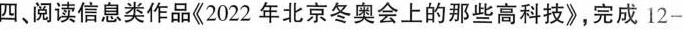
四，阅读息类作品2022年北京冬奥会上的那些高科，完成12-